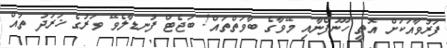
ފަރުވާއަކަށް އޮތީ ހޫނުފެނާއި މޭވާގެ ބާވަތްތައް! ބަޖެޓް ފުނޑާލެވޭ ވަރުގެ ޚަރަދު ތައް